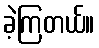
ခဲ့ကြတယ်။